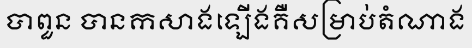
បាពួន បានកសាងឡើងគឺសម្រាប់តំណាង